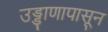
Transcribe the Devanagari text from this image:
उड्डाणापासून